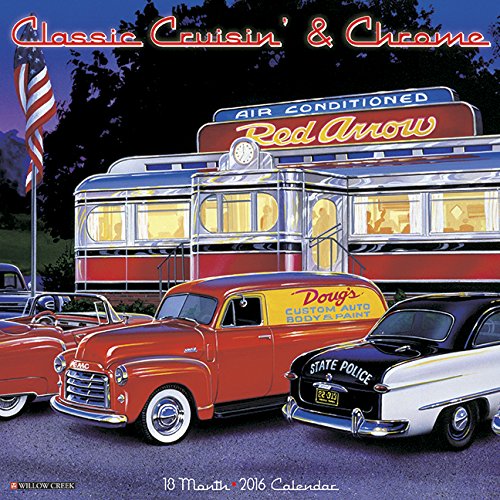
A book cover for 2016 Classic Cruisin' & Chrome Wall Calendar; Willow Creek Press; Calendars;